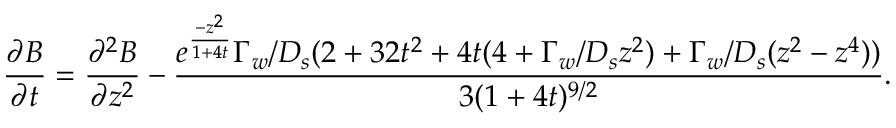
\frac { \partial B } { \partial t } = \frac { \partial ^ { 2 } B } { \partial z ^ { 2 } } - \frac { e ^ { \frac { - z ^ { 2 } } { 1 + 4 t } } \Gamma _ { w } / D _ { s } ( 2 + 3 2 t ^ { 2 } + 4 t ( 4 + \Gamma _ { w } / D _ { s } z ^ { 2 } ) + \Gamma _ { w } / D _ { s } ( z ^ { 2 } - z ^ { 4 } ) ) } { 3 ( 1 + 4 t ) ^ { 9 / 2 } } .